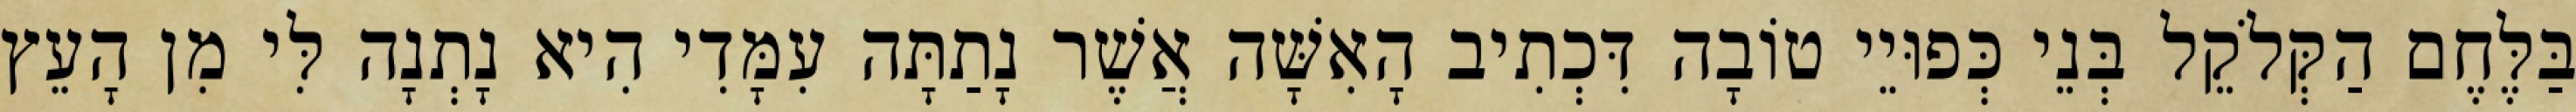
בַּלֶּחֶם הַקְּלֹקֵל בְּנֵי כְּפוּיֵי טוֹבָה דִּכְתִיב הָאִשָּׁה אֲשֶׁר נָתַתָּה עִמָּדִי הִיא נָתְנָה לִּי מִן הָעֵץ